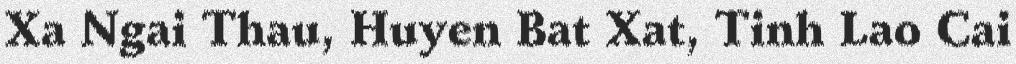
Xa Ngai Thau, Huyen Bat Xat, Tinh Lao Cai